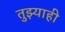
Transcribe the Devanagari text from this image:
तुझ्याही